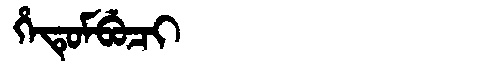
Manchu: ᡥᡝᡨᡠᠮᠪᡠᠴᡳ
Romanization: HETUMBUCI